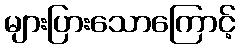
များပြားသောကြောင့်